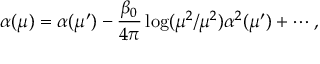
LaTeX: \alpha ( \mu ) = \alpha ( \mu ^ { \prime } ) - \frac { \beta _ { 0 } } { 4 \pi } \log ( \mu ^ { 2 } / \mu ^ { 2 } ) \alpha ^ { 2 } ( \mu ^ { \prime } ) + \cdots ,